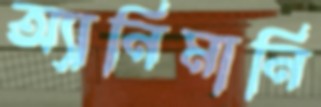
অ্যানিমানি